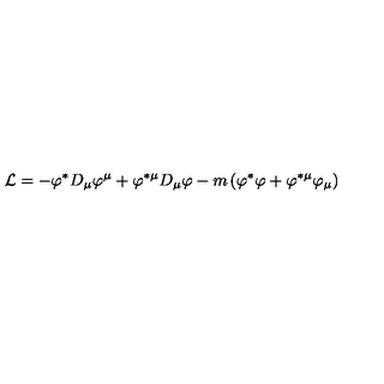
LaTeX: { \cal L } = - \varphi ^ { \ast } D _ { \mu } \varphi ^ { \mu } + \varphi ^ { \ast \mu } D _ { \mu } \varphi - m \left( \varphi ^ { \ast } \varphi + \varphi ^ { \ast \mu } \varphi _ { \mu } \right)